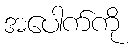
အပေါက်ကို